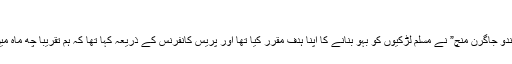
نازش ہما قاسمی 20/10/2018
غالباً ۲۸؍ نومبر ۲۰۱۷ کو آر ایس ایس سے وابستہ تنظیم "ہندو جاگرن منچ” نے مسلم لڑکیوں کو بہو بنانے کا اپنا ہدف مقرر کیا تھا اور پریس کانفرنس کے ذریعہ کہا تھا کہ ہم تقریباً چھ ماہ میں 2100 مسلم لڑکیوں کو ہندو گھرانوں کی بہو بنائیں گے۔